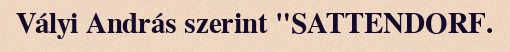
Vályi András szerint "SATTENDORF.